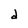
Character: d